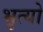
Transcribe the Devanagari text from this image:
भृत्यो